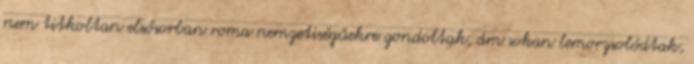
nem titkoltan elsősorban roma nemzetiségűekre gondoltak, ám sokan lemorzsolódtak,